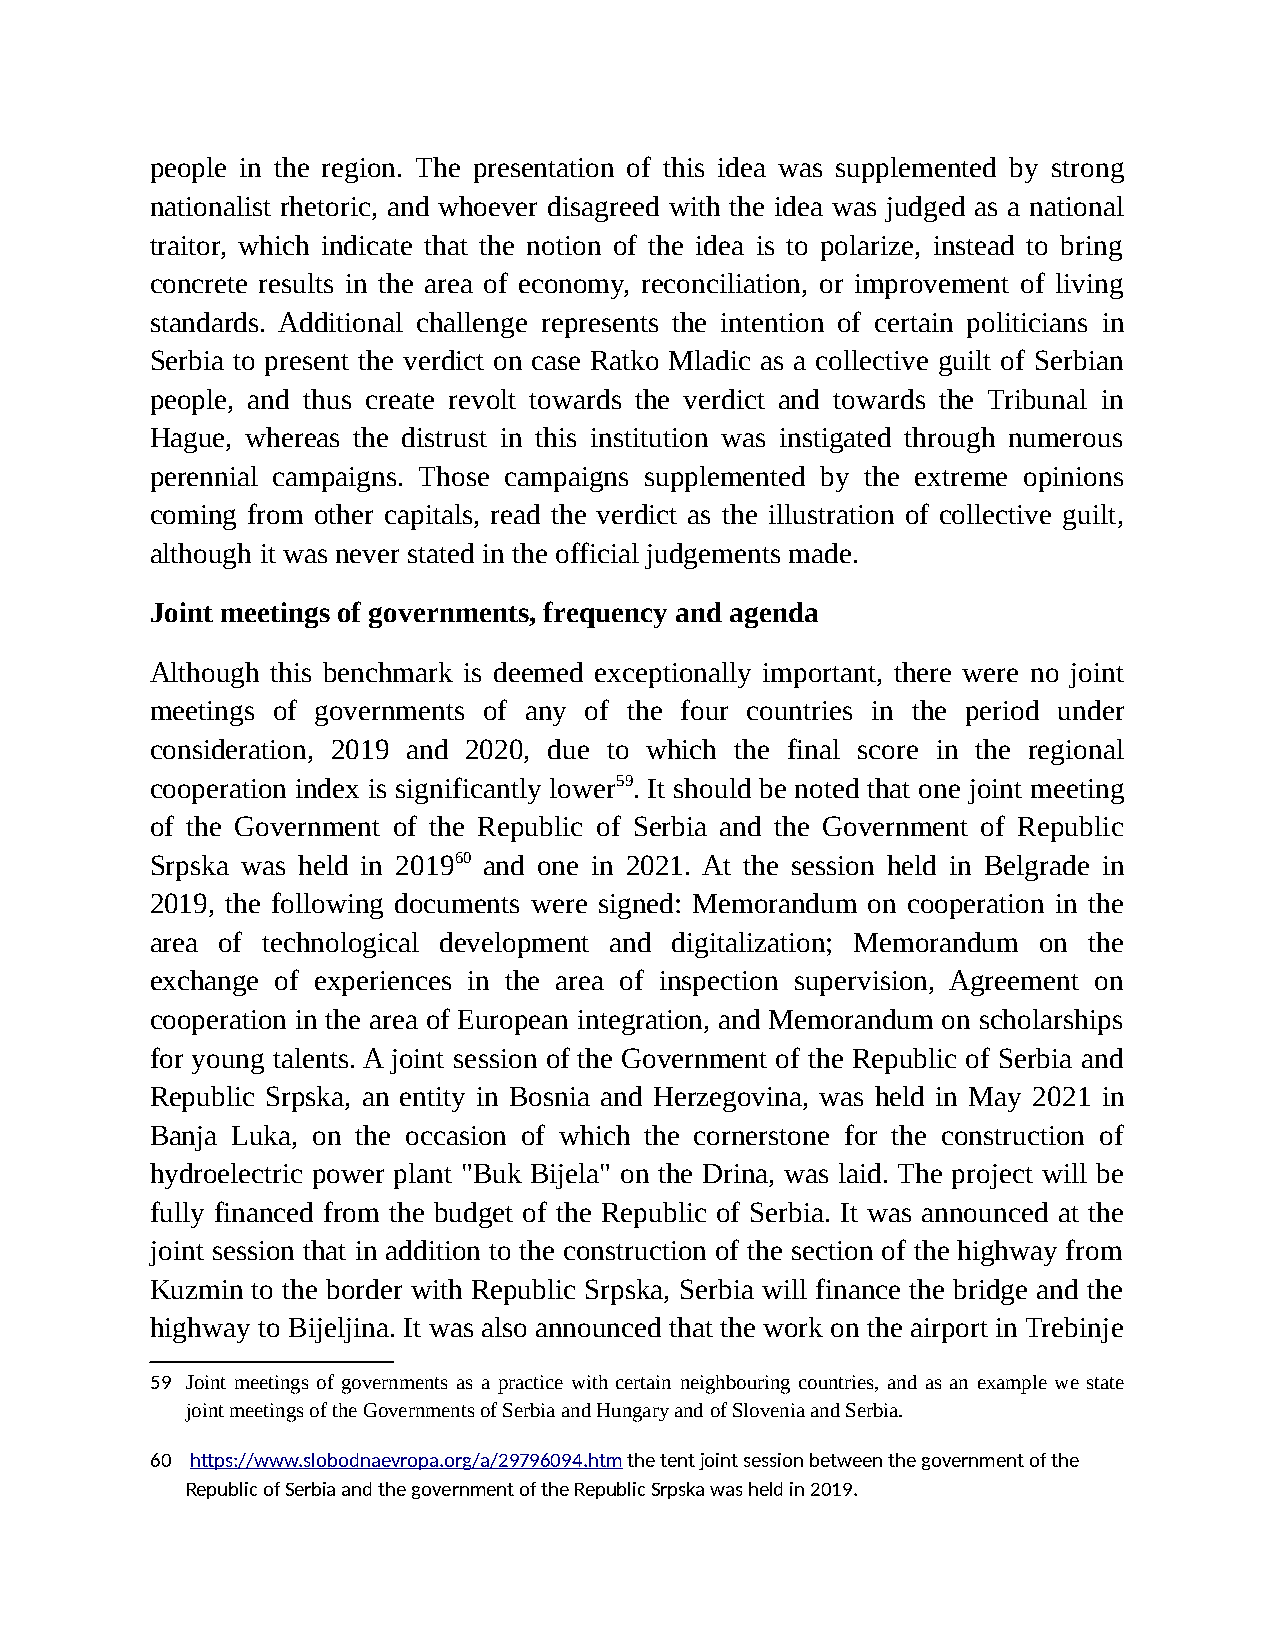
people in the region. The presentation of this idea was supplemented by strong
 nationalist rhetoric, and whoever disagreed with the idea was judged as a national
 traitor, which indicate that the notion of the idea is to polarize, instead to bring
 concrete results in the area of economy, reconciliation, or improvement of living
 standards. Additional challenge represents the intention of certain politicians in
 Serbia to present the verdict on case Ratko Mladic as a collective guilt of Serbian
 people, and thus create revolt towards the verdict and towards the Tribunal in
 Hague, whereas the distrust in this institution was instigated through numerous
 perennial campaigns. Those campaigns supplemented by the extreme opinions
 coming from other capitals, read the verdict as the illustration of collective guilt,
 although it was never stated in the official judgements made.
 Joint meetings of governments, frequency and agenda
 Although this benchmark is deemed exceptionally important, there were no joint
 meetings of governments of any of the four countries in the period under
 consideration, 2019 and 2020, due to which the final score in the regional
 cooperation index is significantly lower59. It should be noted that one joint meeting
 of the Government of the Republic of Serbia and the Government of Republic
 Srpska was held in 201960 and one in 2021. At the session held in Belgrade in
 2019, the following documents were signed: Memorandum on cooperation in the
 area of technological development and digitalization; Memorandum on the
 exchange of experiences in the area of inspection supervision, Agreement on
 cooperation in the area of European integration, and Memorandum on scholarships
 for young talents. A joint session of the Government of the Republic of Serbia and
 Republic Srpska, an entity in Bosnia and Herzegovina, was held in May 2021 in
 Banja Luka, on the occasion of which the cornerstone for the construction of
 hydroelectric power plant "Buk Bijela" on the Drina, was laid. The project will be
 fully financed from the budget of the Republic of Serbia. It was announced at the
 joint session that in addition to the construction of the section of the highway from
 Kuzmin to the border with Republic Srpska, Serbia will finance the bridge and the
 highway to Bijeljina. It was also announced that the work on the airport in Trebinje
 59 Joint meetings of governments as a practice with certain neighbouring countries, and as an example we state
 joint meetings of the Governments of Serbia and Hungary and of Slovenia and Serbia.
 60 https://www.slobodnaevropa.org/a/29796094.htm the tent joint session between the government of the
 Republic of Serbia and the government of the Republic Srpska was held in 2019.